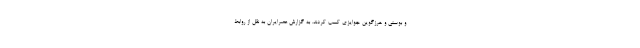
و بوسنی و هرزگوین جوایزی کسب کردند. به گزارش عصرایران به نقل از روابط